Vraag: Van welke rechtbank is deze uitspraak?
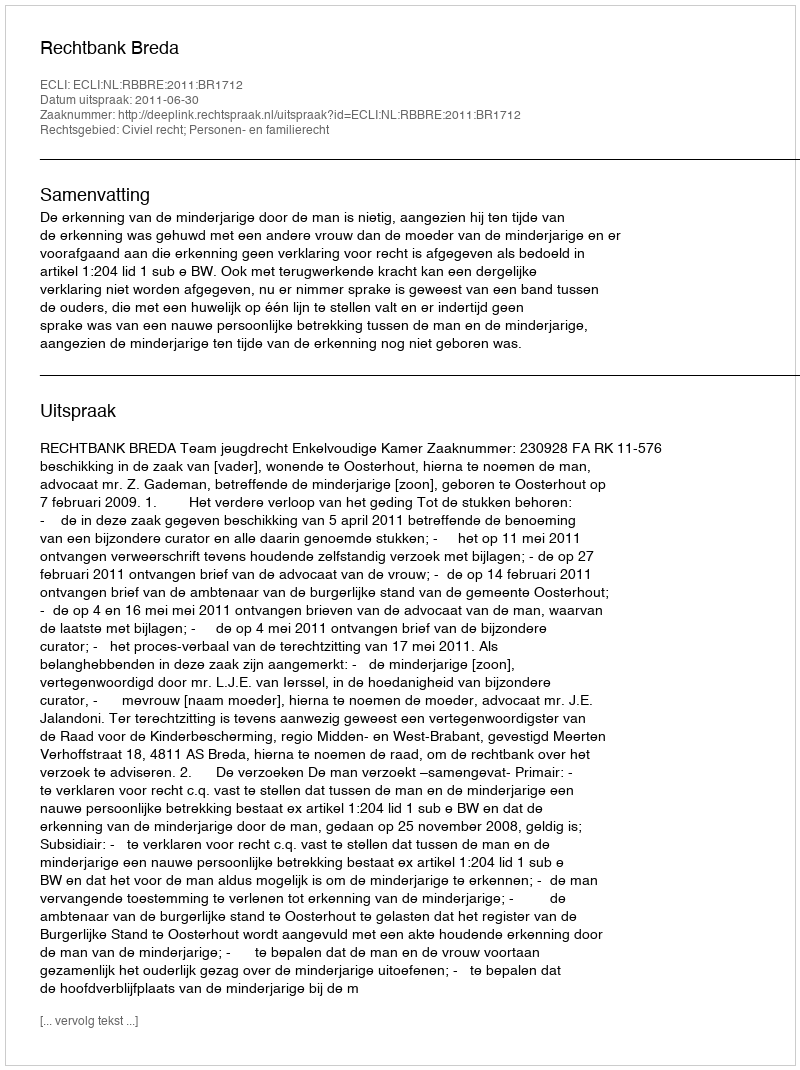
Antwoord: Rechtbank Breda